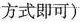
方式即可)